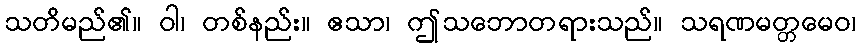
သတိမည်၏။ ဝါ၊ တစ်နည်း။ ဧသာ၊ ဤသဘောတရားသည်။ သရဏမတ္တမေဝ၊